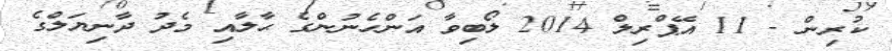
ކުރިން - 11 އޭޕްރިލް 2014 ލޯބިވާ އަންހެނުންގެ ޙާލާއި މެދު ދާނިޔަލްގެ